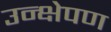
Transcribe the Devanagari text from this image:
उन्क्षेपण